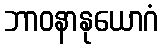
ဘာဝနာနုယောဂံ